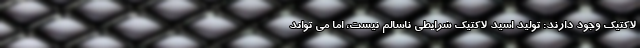
لاکتیک وجود دارند: تولید اسید لاکتیک شرایطی ناسالم نیست، اما می تواند